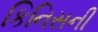
કિનિસની